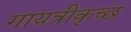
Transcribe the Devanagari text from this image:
गायत्रीकृच्छ